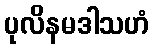
ပုလိနမဒါသဟံ